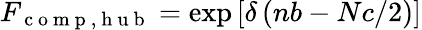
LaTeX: F_{\mathrm{~c~o~m~p~},\mathrm{~h~u~b~}}=\exp\left[\delta\left(nb-Nc/2\right)\right]